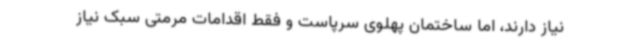
نیاز دارند، اما ساختمان پهلوی سرپاست و فقط اقدامات مرمتی سبک نیاز